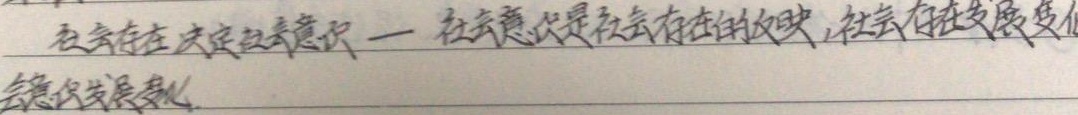
社会存在决定社会意识 —— 社会意识是社会存在的反映，社会存在发展变化会意识发展变化.